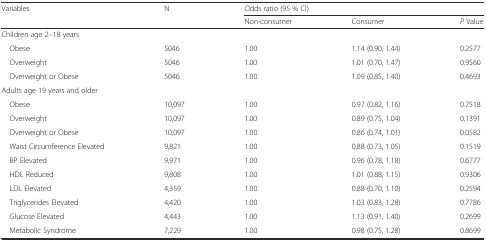
| <ROWSPAN=2> Variables | <ROWSPAN=2> N | <COLSPAN=3> Odds ratio (95 % CI) |
 | Non-consumer | Consumer | P Value |
 | --- | --- | --- | --- | --- |
 | <COLSPAN=5> Children age 2–18 years |
 | Obese | 5046 | 1.00 | 1.14 (0.90, 1.44) | 0.2577 |
 | Overweight | 5046 | 1.00 | 1.01 (0.70, 1.47) | 0.9560 |
 | Overweight or Obese | 5046 | 1.00 | 1.09 (0.85, 1.40) | 0.4693 |
 | <COLSPAN=5> Adults age 19 years and older |
 | Obese | 10,097 | 1.00 | 0.97 (0.82, 1.16) | 0.7518 |
 | Overweight | 10,097 | 1.00 | 0.89 (0.75, 1.04) | 0.1391 |
 | Overweight or Obese | 10,097 | 1.00 | 0.86 (0.74, 1.01) | 0.0582 |
 | Waist Circumference Elevated | 9,821 | 1.00 | 0.88 (0.73, 1.05) | 0.1519 |
 | BP Elevated | 9,971 | 1.00 | 0.96 (0.78, 1.18) | 0.6777 |
 | HDL Reduced | 9,808 | 1.00 | 1.01 (0.88, 1.15) | 0.9306 |
 | LDL Elevated | 4,359 | 1.00 | 0.88 (0.70, 1.10) | 0.2594 |
 | Triglycerides Elevated | 4,420 | 1.00 | 1.03 (0.83, 1.28) | 0.7786 |
 | Glucose Elevated | 4,443 | 1.00 | 1.13 (0.91, 1.40) | 0.2699 |
 | Metabolic Syndrome | 7,229 | 1.00 | 0.98 (0.75, 1.28) | 0.8699 |